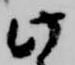
此